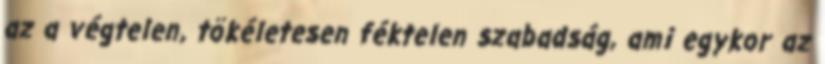
az a végtelen, tökéletesen féktelen szabadság, ami egykor az